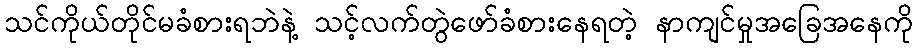
သင်ကိုယ်တိုင်မခံစားရဘဲနဲ့ သင့်လက်တွဲဖော်ခံစားနေရတဲ့ နာကျင်မှုအခြေအနေကို